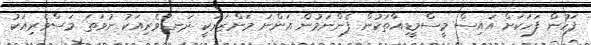
ފަހުން ފަހަކަށް އައިސް މީސްމީޑިއާތަކުން ފެންނަމުން އަންނަ މަންޒަރަކީ ދަނޑުވެރިއަކު ނުވަތަ މަސްވެރިއަކު